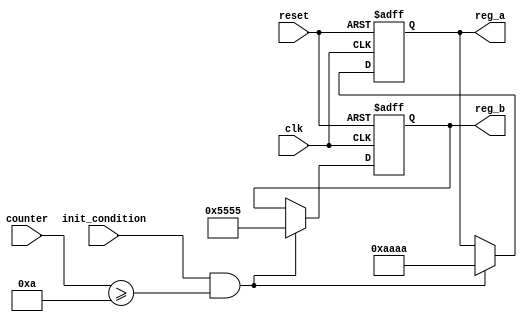
module ConditionalInitialization (
    input wire clk,               // Clock signal for synchronous initialization
    input wire reset,             // Asynchronous reset signal
    input wire init_condition,     // Control signal to trigger initialization
    input wire [7:0] counter,      // Example variable to check condition
    output reg [15:0] reg_a,       // Register to be initialized
    output reg [15:0] reg_b        // Another register to be initialized
);

    // Parameters for initialization values
    parameter INIT_VALUE_A = 16'hAAAA;
    parameter INIT_VALUE_B = 16'h5555;
    parameter COUNTER_THRESHOLD = 8'd10; // Example threshold for counter

    // State variable to track initialization status
    reg initialized;

    // Always block for synchronous initialization
    always @(posedge clk or posedge reset) begin
        if (reset) begin
            // Asynchronous reset: clear registers and state
            reg_a <= 16'b0;
            reg_b <= 16'b0;
            initialized <= 1'b0;
        end else if (init_condition && (counter >= COUNTER_THRESHOLD)) begin
            // Conditional initialization
            reg_a <= INIT_VALUE_A;
            reg_b <= INIT_VALUE_B;
            initialized <= 1'b1; // Mark as initialized
        end
        // If conditions are not met, retain current values
    end

endmodule